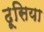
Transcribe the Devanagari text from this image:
ढूसिया